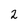
Character: 2